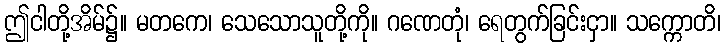
ဤငါတို့အိမ်၌။ မတကေ၊ သေသောသူတို့ကို။ ဂဏေတုံ၊ ရေတွက်ခြင်းငှာ။ သက္ကောတိ၊